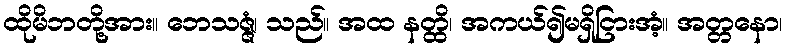
ထိုမိဘတို့အား။ ဘေသဇ္ဇံ၊ သည်။ အထ နတ္ထိ၊ အကယ်၍မရှိငြားအံ့။ အတ္တနော၊